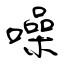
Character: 噪